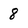
Character: 8